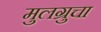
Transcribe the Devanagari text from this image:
मुलग्रुचा